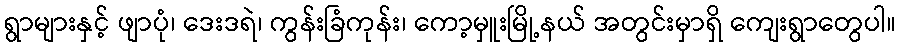
ရွာများနှင့် ဖျာပုံ၊ ဒေးဒရဲ၊ ကွန်းခြံကုန်း၊ ကော့မှူးမြို့နယ် အတွင်းမှာရှိ ကျေးရွာတွေပါ။